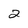
Character: 2